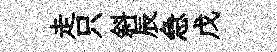
走只斜辰急戊